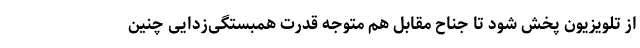
از تلویزیون پخش شود تا جناح مقابل هم متوجه قدرت همبستگی‌زدایی چنین